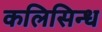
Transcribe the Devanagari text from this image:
कलिसिन्ध